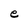
Character: e